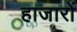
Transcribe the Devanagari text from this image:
हाजारों